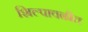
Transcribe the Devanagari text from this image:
शिल्पावळीत